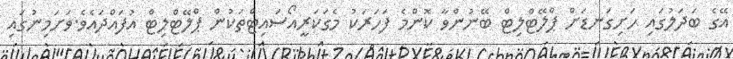
އޭގެ ބަދަލުގައި ހަށިގަނޑަށް ޕްލޭޓްލިޓް ބޭނުންވާ ކޮންމެ ފަހަރަކު މެގަކަރީއޯސައިޓްތަކުން ޕްލޭޓްލިޓް އުފައްދައެވެ.ވަށަމިނުގައި